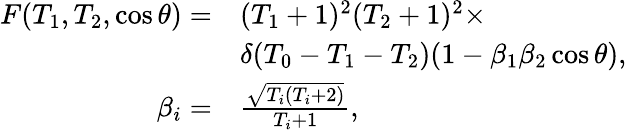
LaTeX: \begin{array}{rl}{F(T_{1},T_{2},\cos{\theta})=}&{(T_{1}+1)^{2}(T_{2}+1)^{2}\times}\\ &{\delta(T_{0}-T_{1}-T_{2})(1-\beta_{1}\beta_{2}\cos{\theta}),}\\ {\beta_{i}=}&{\frac{\sqrt{T_{i}(T_{i}+2)}}{T_{i}+1},}\end{array}